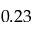
0 . 2 3